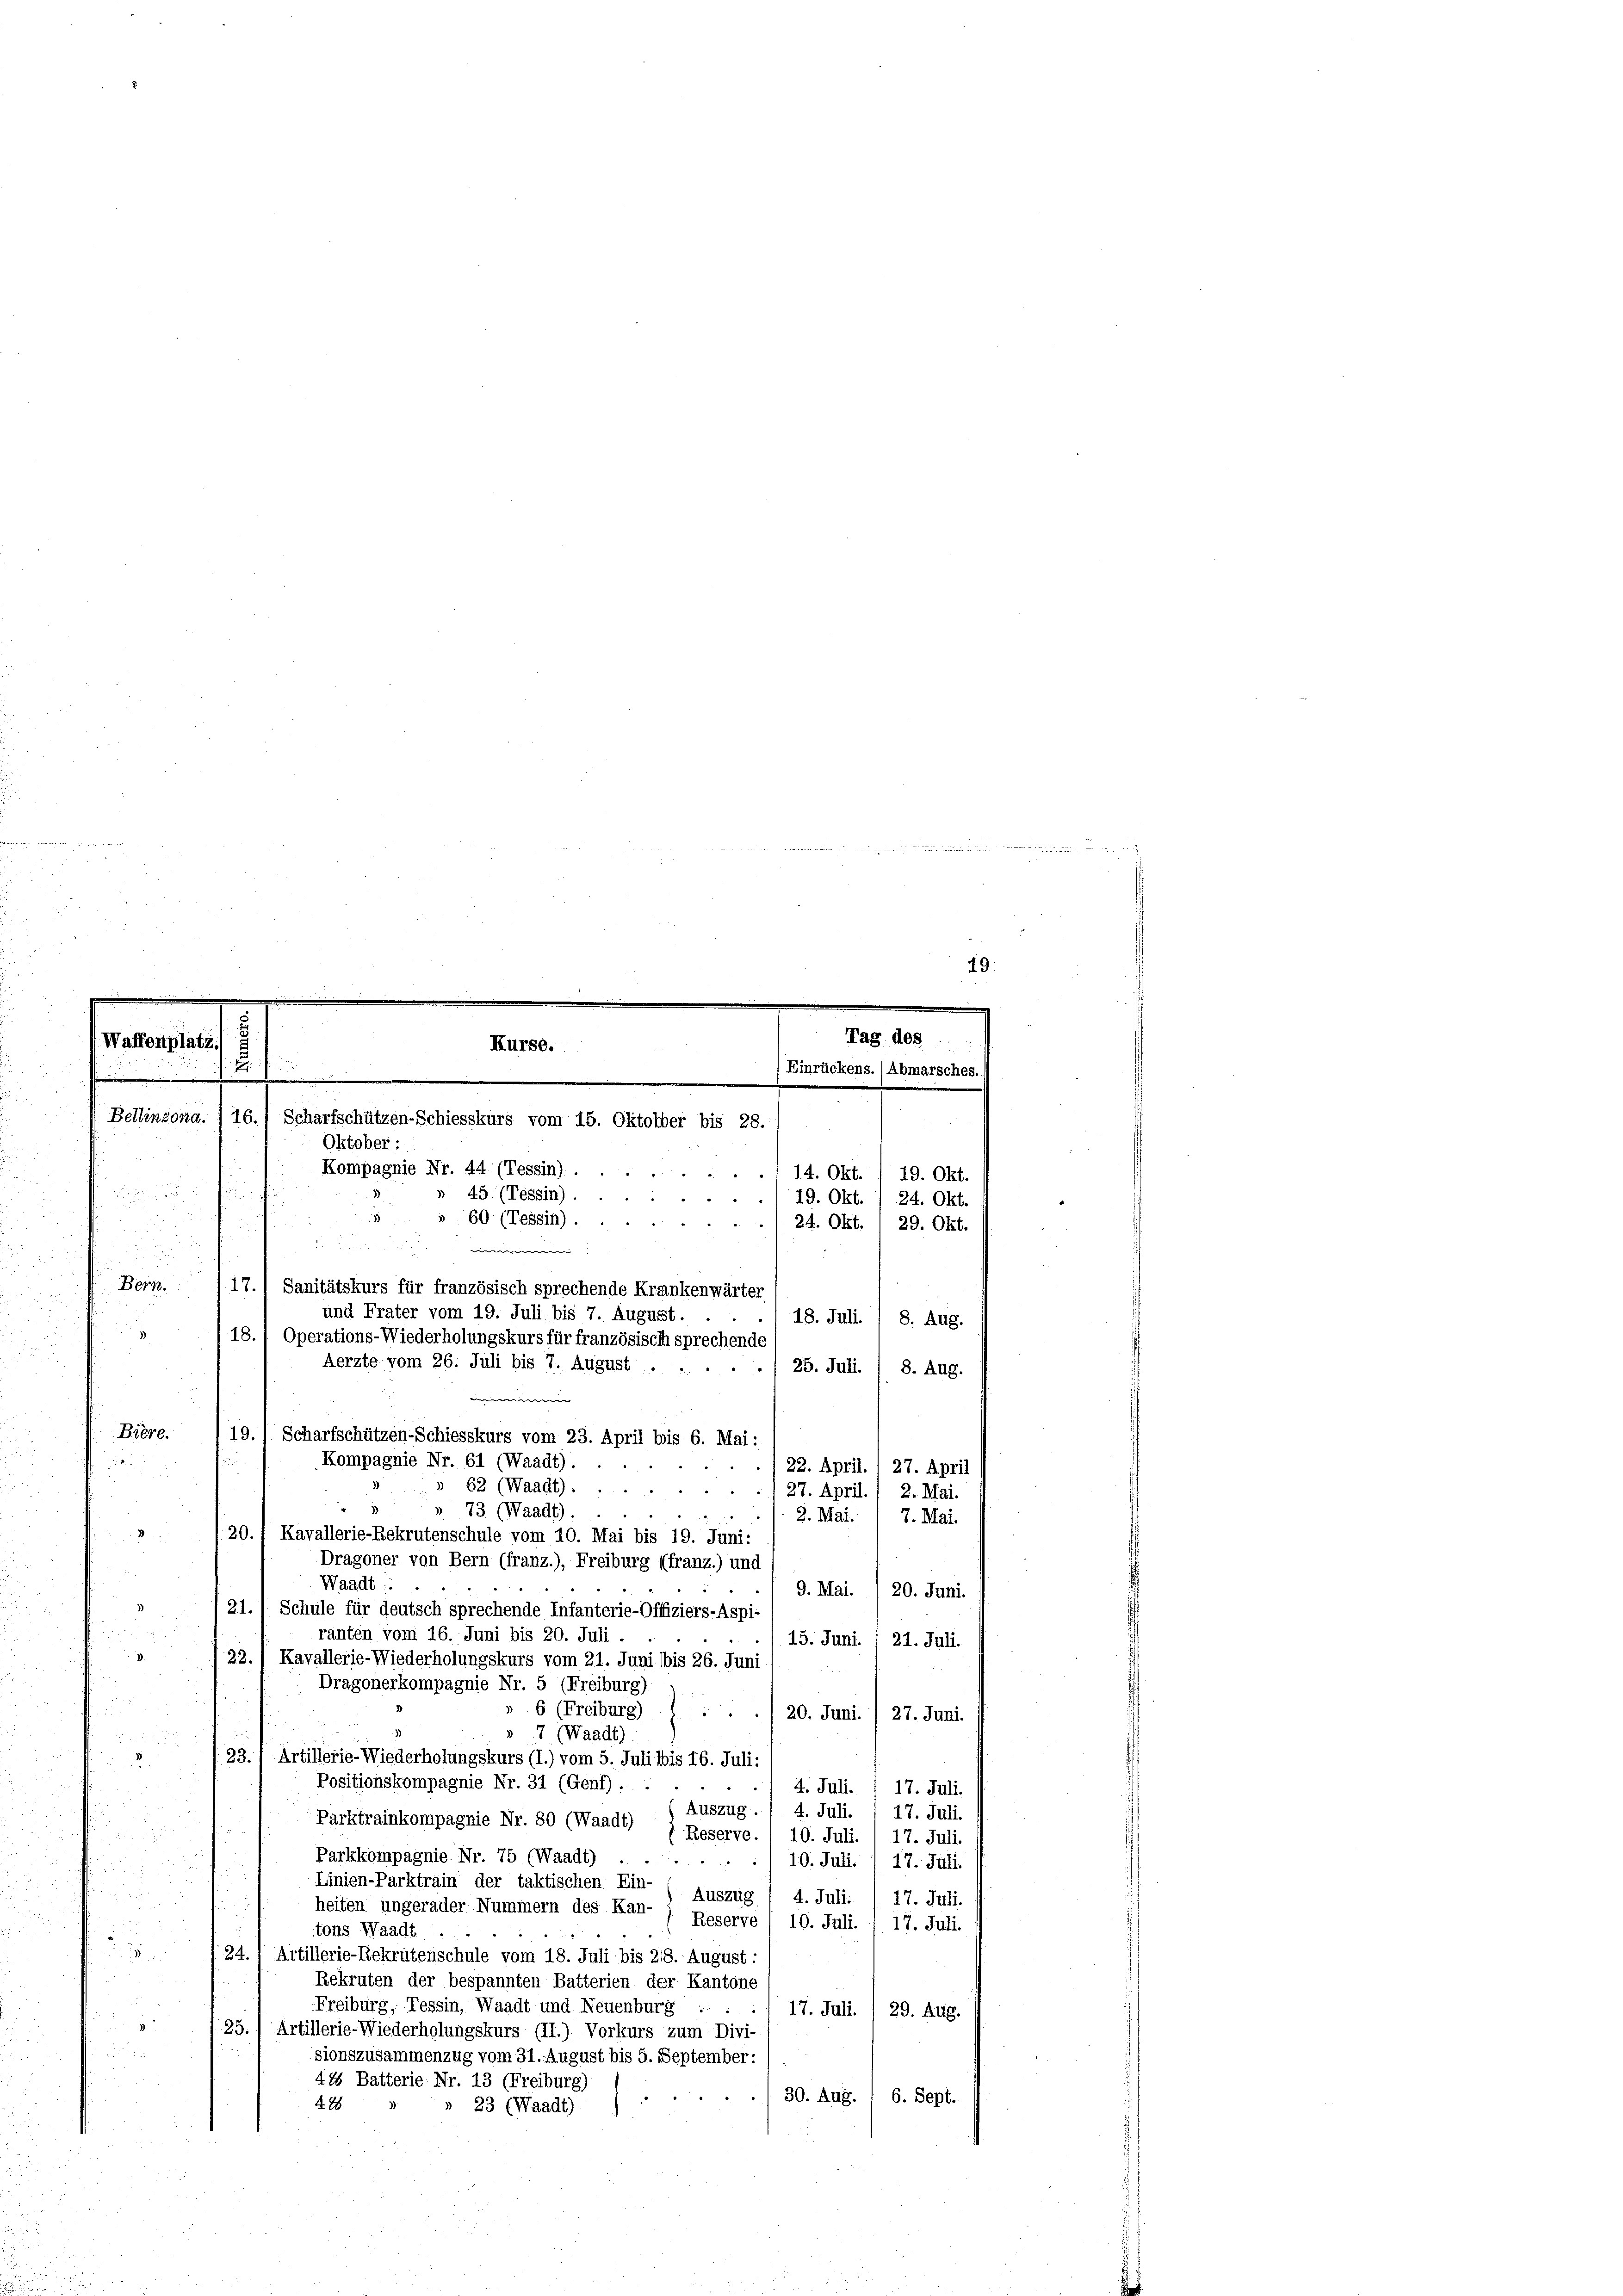
.
19.
.

.
5
Tag des
Waffenplatz
Kurse.
B
Einrückens. / Abmarsches.
Ei
e
Bellinzona.
16.) Scharfschützen-Schiesskurs vom 15. Oktober bis 28.
Oktober :
Kompagnie Nr. 44 (Tessin).
14. Okt.
19. Okt.
» 45 (Tessin).

19. Okt.
24. Okt.
 0 x
s 60 (Tessin) ...
24. Okt. 29. Okt.

u
e
f Bern./17.1 Sanitätskurs für französisch sprechende Krankenwärter

r
a
Biere.
2. Mai.

20.
Kavallerie-Rekrutenschule vom 10. Mai bis 19. Juni:
Dragoner von Bern (franz.), Freiburg (franz.) und

Waadt.
9. Mai. 1 20. Juni.
21.) Schule für deutsch sprechende Infanterie-Offiziers-Aspi¬

ranten vom 16. Juni bis 20. Juli.
15. Juni. 1 21. Juli.
/22.) Kavallerie-Wiederholungskurs vom 21. Juni bis 26. Juni
Dragonerkompagnie Nr. 5 (Freiburg)
6 (Freiburg)
20. Juni. / 27. Juni.
7 (Waadt)
23., Artillerie-Wiederholungskurs (I.) vom 5. Juli bis 16. Juli.
.
Positionskompagnie Nr. 31 (Genf) ..
4. Juli.
17. Juli.
Auszug. / 4. Juli.
17. Juli.
Parktrainkompagnie Nr. 80 (Waadt)
Reserve.
10. Juli.
17. Juli.
Parkkompagnie. Nr. 75 (Waadt)

10. Juli. , 17. Juli.
Linien-Parktrain der taktischen Ein-
Auszug
4. Juli.
17. Juli.
heiten ungerader Nummern des Kan-
Reserve
10. Juli. 17. Juli.
tons Waadt

24. Artillerie-Rekrutenschule vom 18. Juli bis 28. August :
Rekruten der bespannten Batterien der Kantone
u
Freiburg, Tessin, Waadt und Neuenburg
17. Juli. I 29. Aug.

/25.) Artillerie-Wiederholungskurs (II.) Vorkurs zum Divi-

sionszusammenzug vom 31. August bis 5. September:
415 Batterie Nr. 13 (Freiburg)
30. Aug.
6. Sept.
428.
» 23. (Waadt)
e

und Frater vom 19. Juli bis 7. August.
18. Juli. / 8. Aug.
18. 1 Operations-Wiederholungskurs für französisch sprechende
Aerzte vom 26. Juli bis 7. August .....
25. Juli. / 8. Aug.
 |
19.) Scharfschützen-Schiesskurs vom 23. April bis 6. Mai:
Kompagnie Nr. 61 (Waadt).
22. April. 1 27. April
62 (Waadt).
3
27. April.
73 (Waadt).
2. Mai. 7. Mai.